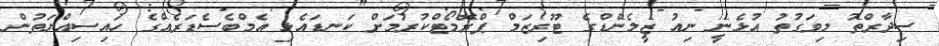
ސިދާރްތު މިވަގުތު އުޅެނީ ނިއު ޒީލެންޑްގެ ޓޫރިޒަމް ޕްރޮމޯޓްކުރުމަށް ކަނޑައެޅި އެމްބެސެޑަރެއްގެ ހައިސިއްޔަތުން